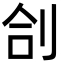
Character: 㓣